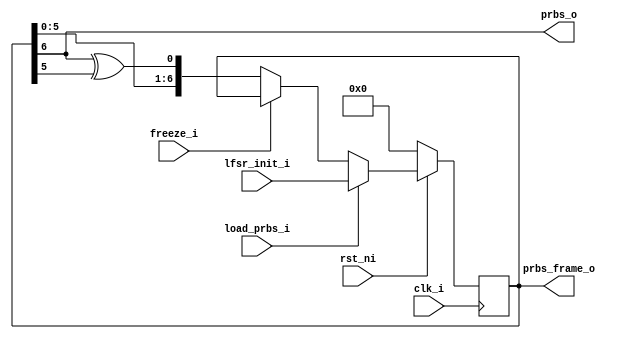
module prbs7 (
    input clk_i,
    input rst_ni,
    input [6:0] lfsr_init_i,
    input load_prbs_i,
    input freeze_i,
    output prbs_o,
    output [6:0] prbs_frame_o
);
// referenced from, https://en.wikipedia.org/wiki/Pseudorandom_binary_sequence
//                  PRBS7 = x^7 + x^6 + 1

    reg [6:0] lfsr_reg;
    always @(posedge clk_i) begin
        if (!rst_ni) begin
            lfsr_reg <= 'b0;
        end else if (load_prbs_i == 1) begin
            lfsr_reg <= lfsr_init_i;
        end else if (freeze_i == 1) begin
            lfsr_reg <= lfsr_reg;
        end else begin
            lfsr_reg <= {lfsr_reg[5:0], lfsr_reg[6] ^ lfsr_reg[5]};
        end
    end
    
    assign prbs_o = lfsr_reg[6];
    assign prbs_frame_o = lfsr_reg;

endmodule